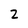
Character: 2